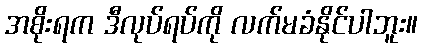
အစိုးရက ဒီလုပ်ရပ်ကို လက်မခံနိုင်ပါဘူး။